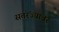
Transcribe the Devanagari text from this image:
सतरंज्यांवर